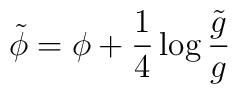
\tilde{\phi} = \phi + \frac{1}{4}\log \frac{\tilde{g}}{g}